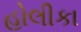
હોલીકા